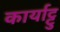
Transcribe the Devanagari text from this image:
कार्याट्टु